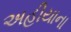
અહીયાના